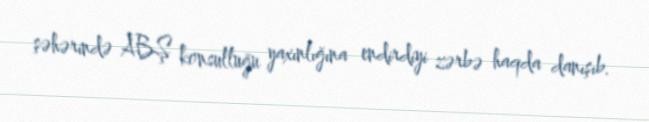
şəhərində ABŞ konsulluğu yaxınlığına endirdiyi zərbə haqda danışıb.